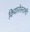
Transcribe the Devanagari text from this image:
कियारोस्तामी